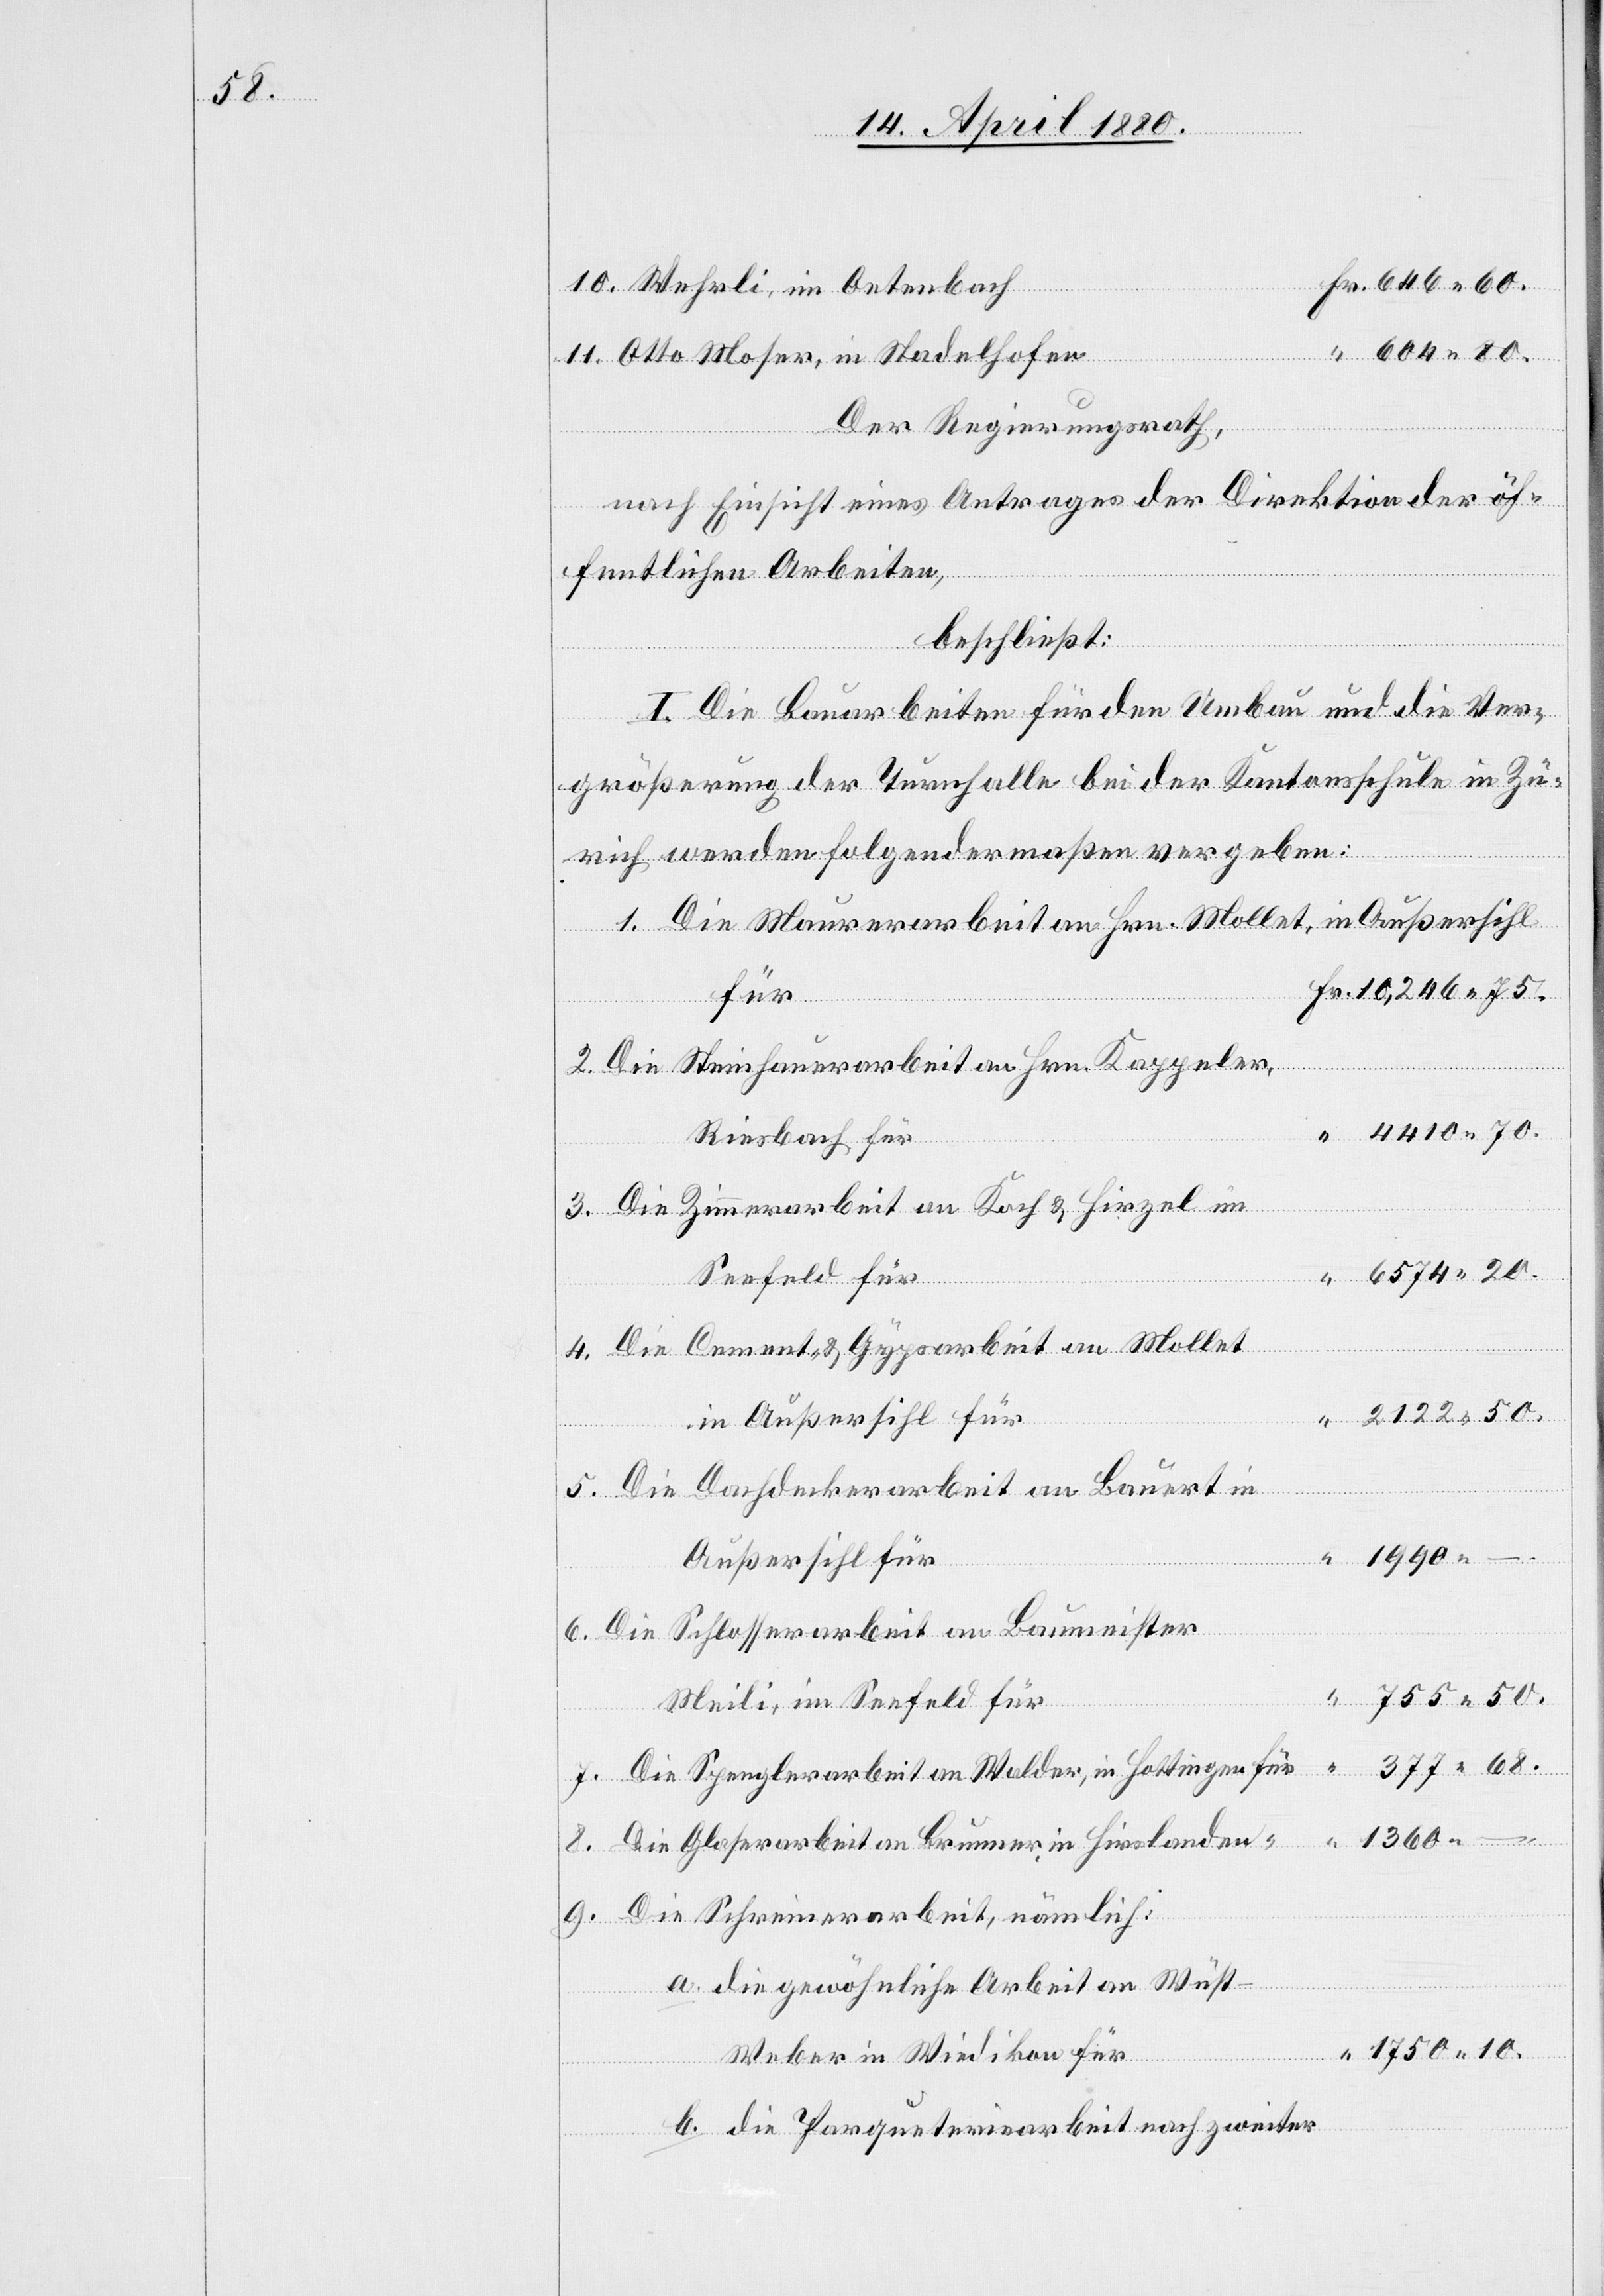
68.

Wehrli, im Oetenbach
“
10.
Otto Moser, in Stadelhofen
Der Regierungsrath,
nach Einsicht eines Antrages der Direktion der öf¬
fentlichen Arbeiten,
beschließt:
I. Die Bauarbeiten für den Umbau und die Ver¬
größerung der Turnhalle bei der Kantonsschule in Zü¬
rich werden folgendermaßen vergeben:
Die Maurerarbeit an Hrn. Mollet, in Außersihl
Die Steinhauerarbeit an Hrn. Kappeler,
Riesbach für
Die Zimmerarbeit an Koch & Hirzel im
Seefeld für
für
Die Cement- & Gypsarbeit an Mollet
in Außersihl für
5.
Die Dachdeckerarbeit an Bauert in
Außersihl für
Die Schlosserarbeit an Baumeister
Meili, im Seefeld für
Die Spenglerarbeit an Walder, in Hottingen für
Die Glaserarbeit an Brunner in Hirslanden “
9.
Die Schreinerarbeit, nämlich:
a. die gewöhnliche Arbeit an Wüs¬
7.
t-Weber in Wiedikon für
b. die Parqueteriearbeit nach zweiter